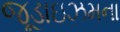
જૂડાઇઝમના